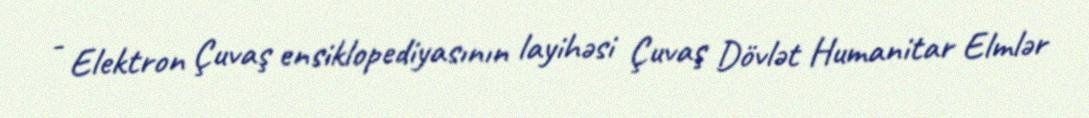
- Elektron Çuvaş ensiklopediyasının layihəsi Çuvaş Dövlət Humanitar Elmlər